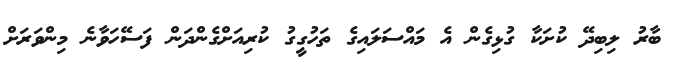
ބާރު ލިބިދޭ ކުށަކާ ގުޅިގެން އެ މައްސަލައިގެ ތަހުގީގު ކުރިއަށްގެންދަން ފަސޭހަވާނެ މިންވަރަށް